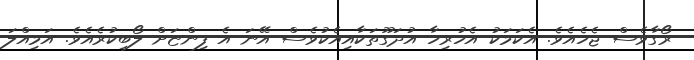
ރޯގާވެސް ޖެހެއެވެ. އެކަމަކު އެހުރިހާ އުދަގޫތަކާއިއެކުވެސް އޭނަ އެ ފިންޏަށް ލޯބިކުރެއެވެ. އަމިއްލަ